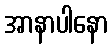
အာနာပါနော